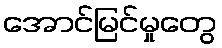
အောင်မြင်မှုတွေ